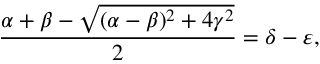
\frac { \alpha + \beta - \sqrt { ( \alpha - \beta ) ^ { 2 } + 4 \gamma ^ { 2 } } } { 2 } = \delta - \varepsilon ,